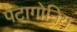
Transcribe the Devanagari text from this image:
पैटागोनिय